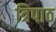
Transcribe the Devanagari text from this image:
त्रिपाठ